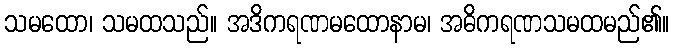
သမထော၊ သမထသည်။ အဒိကရဏမထောနာမ၊ အဓိကရဏသမထမည်၏။